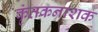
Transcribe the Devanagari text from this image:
कृंतकनाशक